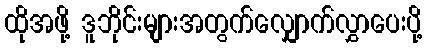
ထိုအဖို့ ဒူဘိုင်းများအတွက်လျှောက်လွှာပေးပို့